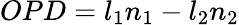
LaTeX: OPD=l_{1}n_{1}-l_{2}n_{2}